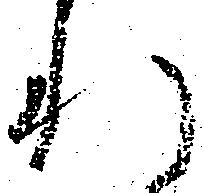
れ